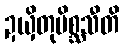
ဍယှိတုမိစ္ဆသီတိ